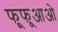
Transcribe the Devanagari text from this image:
फूफूआओ